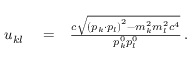
\begin{array} { r l r } { u _ { k l } } & { { } = } & { \frac { c \sqrt { \left( p _ { k } \cdot p _ { l } \right) ^ { 2 } - m _ { k } ^ { 2 } m _ { l } ^ { 2 } c ^ { 4 } } } { p _ { k } ^ { 0 } p _ { l } ^ { 0 } } \, . } \end{array}